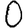
Digit: 0